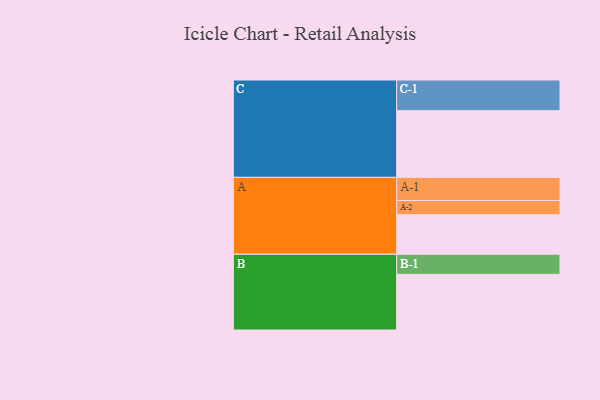
{"axis": {"x": "Segment", "y": "Value"}, "legend": ["", "A", "B", "C"], "data": [{"x": "A", "y": 329, "type": ""}, {"x": "B", "y": 464, "type": ""}, {"x": "C", "y": 556, "type": ""}, {"x": "A-1", "y": 193, "type": "A"}, {"x": "A-2", "y": 119, "type": "A"}, {"x": "B-1", "y": 168, "type": "B"}, {"x": "C-1", "y": 256, "type": "C"}]}